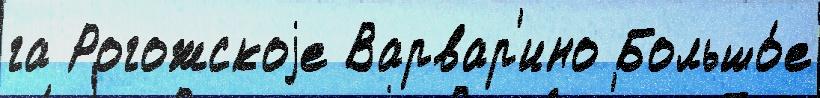
га Рогожскоjе Варвар'ино Большо́е